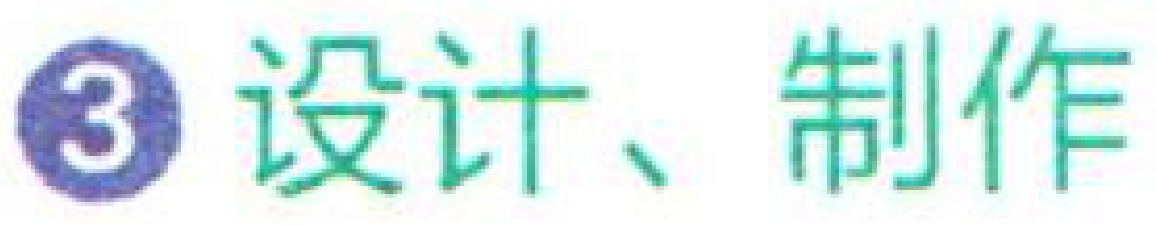
\textcircled{3} 设计、制作